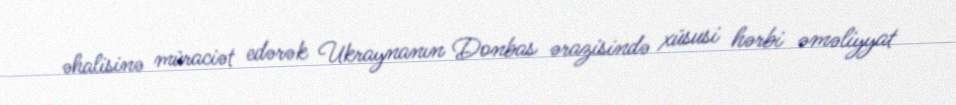
əhalisinə müraciət edərək Ukraynanın Donbas ərazisində xüsusi hərbi əməliyyat